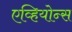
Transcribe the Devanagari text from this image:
एव्हियोन्स